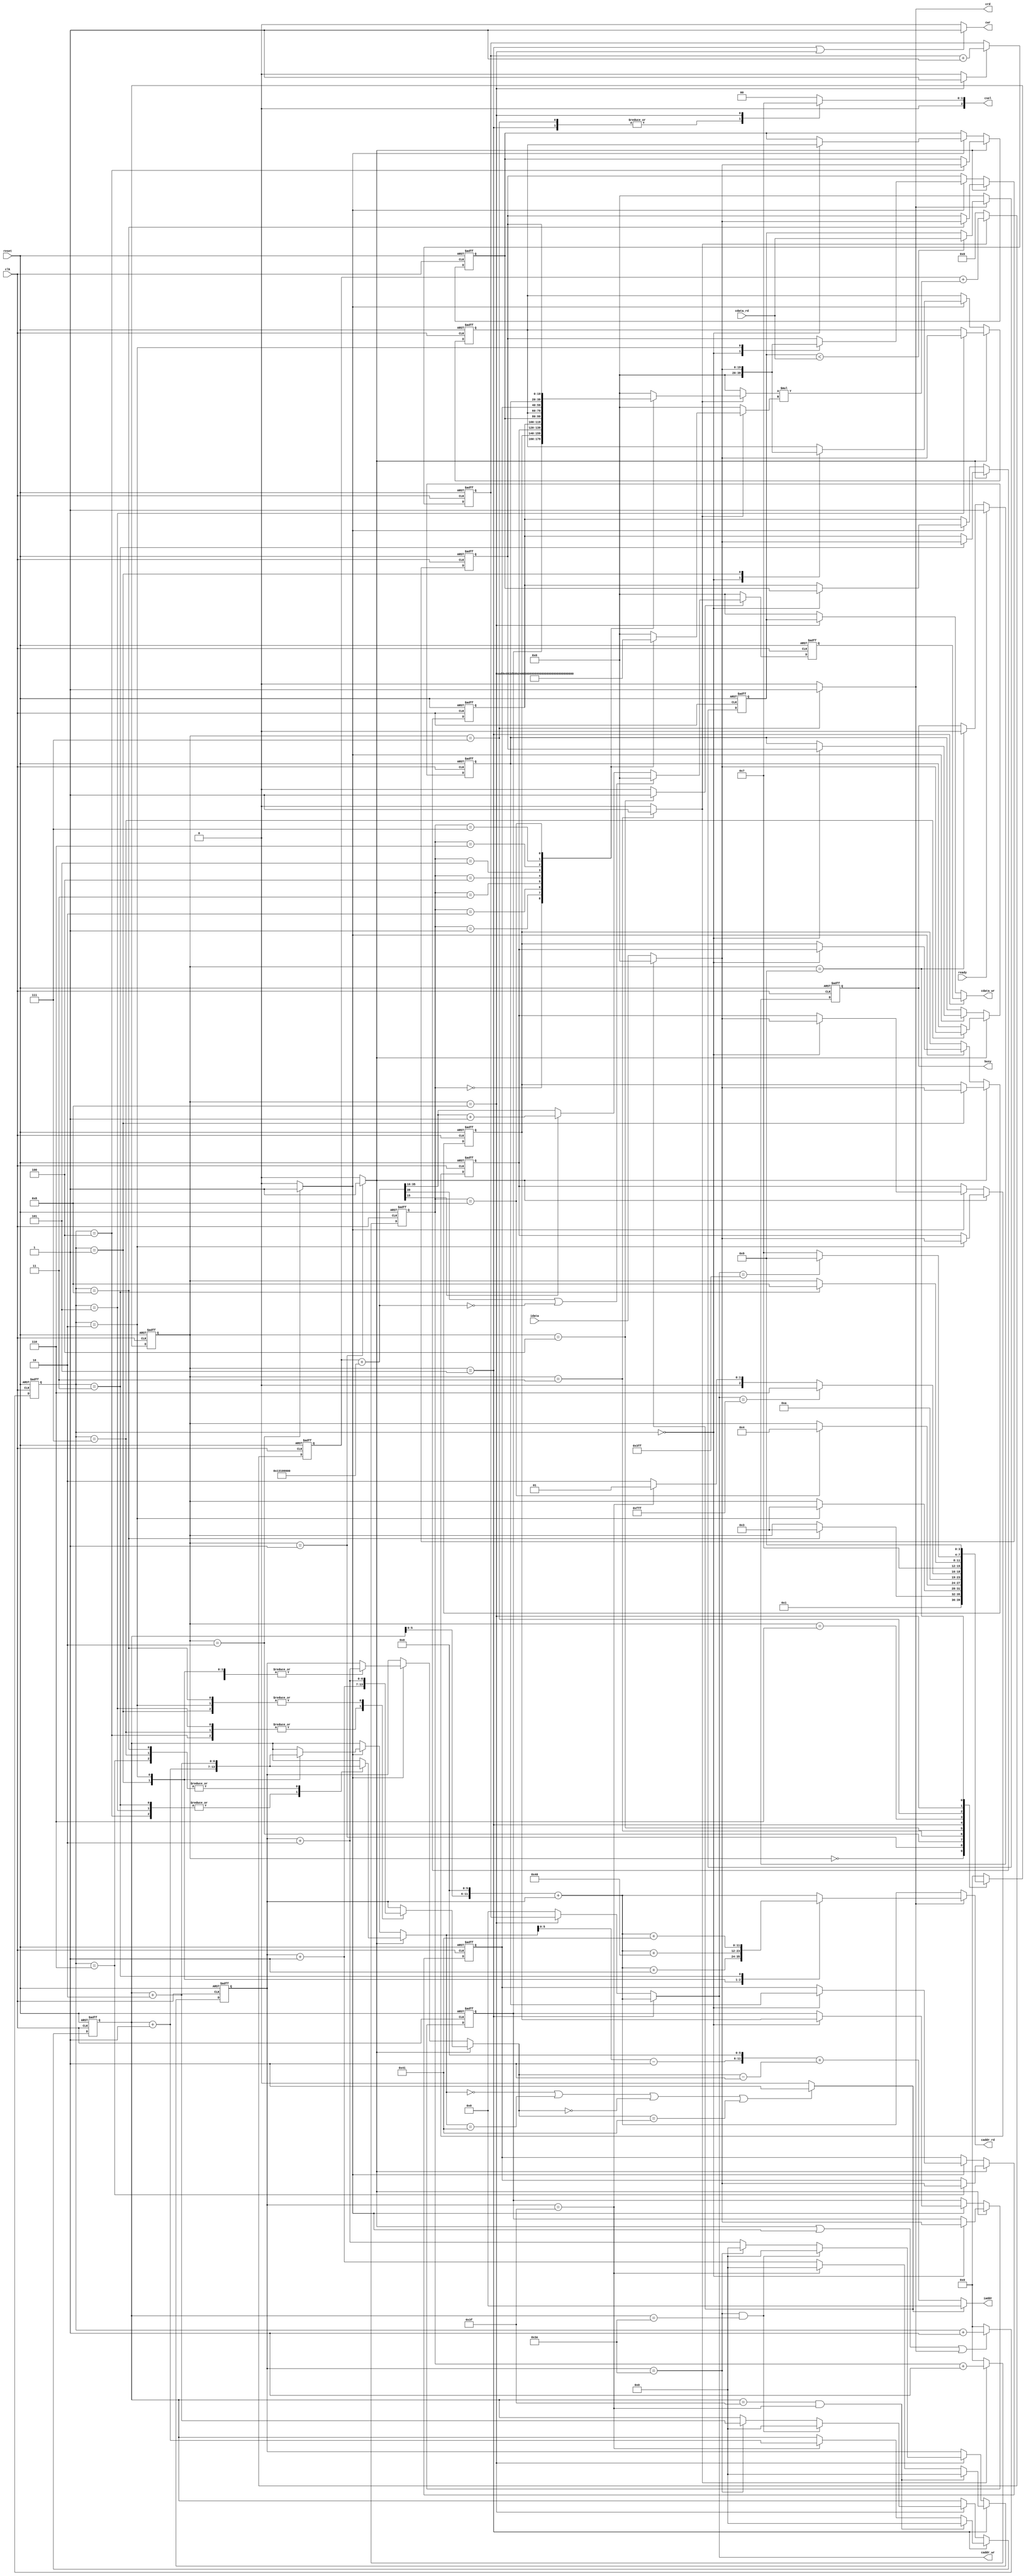
`timescale 1ns/10ps

module  CONV(
    input		clk,
    input		reset,
    output reg 	busy,
    input		ready,

    output [11:0]	iaddr,
    input [19:0]	idata,

    output	cwr,
    output reg [11:0]	caddr_wr,
    output reg [19:0]	cdata_wr,

    output	crd,
    output reg [11:0]	caddr_rd,
    input [19:0]	cdata_rd,

    output reg [2:0]	csel
  );

  //state
parameter IDLE=4'd0,
          READ_9=4'd1,
          READ_C=4'd2,
          CONV=4'd3,
          RELU=4'd4,
          LAYER0_WRITE=4'd5,
          LAYER0_DONE=4'd6,
          MAX_POOLING=4'd7,
          LAYER1_WRITE=4'd8,
          LAYER1_DONE=4'd9; 

reg [3:0] state,n_state;
reg [6:0] row,col;
reg [6:0] next_row,next_col;
reg [6:0] tmp_row,tmp_col;
reg [3:0] read_counter,next_read_counter;
reg [3:0] conv_count,next_conv_count;
reg [19:0] reg0,reg1,reg2,reg3,reg4,reg5,reg6,reg7,reg8;
wire read_en,conv_en;
wire read9,readc,relu;
wire max_en,layer1_wen;
wire zero_padding;
wire [19:0] tmp_data;
wire [6:0] img_row,img_col;
reg [19:0] weight,img_data;
reg signed [39:0] psum,next_psum,addBias_result;
wire signed [39:0] tmp_result;
reg [19:0] conv_data,next_conv_data;
reg [11:0] caddr_count,next_caddr_count;
reg [19:0] max,n_max;
wire [11:0] max_addr;

//control signal
assign read9=(state==READ_9)?1'b1:1'b0;
assign readc=(state==READ_C)?1'b1:1'b0;
assign relu=(state==RELU)?1'b1:1'b0;
assign max_en=(state==MAX_POOLING)?1'b1:1'b0;
assign layer1_wen=(state==LAYER1_WRITE)?1'b1:1'b0;

assign read_en=(read9|readc|max_en); //control read times
assign conv_en=(state==CONV)?1'b1:1'b0; //control conv times
assign zero_padding=(tmp_row==7'd0||tmp_row==7'd65||tmp_col==7'd0||tmp_col==7'd65)?1'b1:1'b0;
assign cwr=(state==LAYER0_WRITE||state==LAYER1_WRITE)?1'b1:1'b0;
assign crd=(state==MAX_POOLING)?1'b1:1'b0;

assign img_row=tmp_row-7'd1;
assign img_col=tmp_col-7'd1;
assign tmp_data=(zero_padding)?20'd0:idata;
assign iaddr=(zero_padding)?12'd0:(img_row<<6)+img_col;
assign tmp_result=$signed(img_data)*$signed(weight);
assign max_addr=(row<<6)+col;

//FSM
always@(posedge clk or posedge reset)begin
  if(reset)begin
    state<=IDLE;
  end
  else begin
    state<=n_state;
  end
end
always@(*)begin
  case(state)
      IDLE:begin
          n_state=READ_9;
      end
      READ_9:begin
        if(read_counter==4'd8)begin
          n_state=CONV;
        end
        else begin
          n_state=state;
        end
      end
      READ_C:begin
        if(read_counter==4'd2)begin
          n_state=CONV;
        end
        else begin
          n_state=state;
        end
      end
      CONV:begin
        if(conv_count==4'd8)begin
          n_state=RELU;
        end
        else begin
          n_state=state;
        end
      end
      RELU:begin
        n_state=LAYER0_WRITE;
      end
      LAYER0_WRITE:begin
        if(caddr_wr==12'd4095)begin
          n_state=LAYER0_DONE;
        end
        else if(col==7'd63)begin
          n_state=READ_9;
        end
        else begin
          n_state=READ_C;
        end
      end
      LAYER0_DONE:begin
        n_state=MAX_POOLING;
      end
      MAX_POOLING:begin
        if(read_counter==4'd3)begin
          n_state=LAYER1_WRITE;
        end
        else begin
          n_state=state;
        end
      end
      LAYER1_WRITE:begin
        if(caddr_wr==12'd1023)begin
          n_state=LAYER1_DONE;
        end
        else begin
          n_state=MAX_POOLING;
        end
      end
      LAYER1_DONE:begin
        n_state=LAYER1_DONE;
      end
      default:begin
        n_state=IDLE;
      end
  endcase
end

//read_counter
always@(posedge clk or posedge reset)begin
  if(reset)begin
    read_counter<=4'd0;
  end
  else if(read_en)begin
    read_counter<=next_read_counter;
  end
  else begin
    read_counter<=4'd0;
  end
end

always@(*)begin
  if(read_en)begin
    next_read_counter=read_counter+4'd1;
  end
  else begin
    next_read_counter=read_counter;
  end
end

// define row and column
always@(posedge clk or posedge reset)begin
  if(reset)begin
    row<=7'd0;
    col<=7'd0;
  end
  else begin
    row<=next_row;
    col<=next_col;
  end
end

always@(*)begin
  if(state==LAYER0_WRITE)begin
    if(row==7'd63 && col==7'd63)begin
      next_row=7'd0;
      next_col=7'd0;
    end
    else if(col==7'd63)begin
      next_row=row+7'd1;
      next_col=7'd0;
    end
    else begin
      next_row=row;
      next_col=col+7'd1;
    end
  end
  else if(state==LAYER1_WRITE)begin
    if(col==7'd62 && row==7'd62)begin
      next_row=7'd0;
      next_col=7'd0;
    end
    else if(col==7'd62)begin
      next_col=7'd0;
      next_row=row+7'd2;
    end
    else begin
      next_col=col+7'd2;
      next_row=row;
    end
  end
  else begin
    next_row=row;
    next_col=col;
  end
end

//store data
always@(posedge clk or posedge reset)begin
  if(reset)begin
    reg0<=20'd0;
    reg1<=20'd0;
    reg2<=20'd0;
    reg3<=20'd0;
    reg4<=20'd0;
    reg5<=20'd0;
    reg6<=20'd0;
    reg7<=20'd0;
    reg8<=20'd0;
  end
  else if(read9)begin
    case(read_counter)
        4'd0:reg0<=tmp_data;
        4'd1:reg1<=tmp_data;
        4'd2:reg2<=tmp_data;
        4'd3:reg3<=tmp_data;
        4'd4:reg4<=tmp_data;
        4'd5:reg5<=tmp_data;
        4'd6:reg6<=tmp_data;
        4'd7:reg7<=tmp_data;
        4'd8:reg8<=tmp_data;
        default:begin
        end
    endcase
  end
  else if(readc)begin
    case(read_counter)
        4'd0:begin
            reg0<=reg1;
            reg1<=reg2;
            reg2<=tmp_data;
            reg3<=reg4;
            reg4<=reg5;
            reg5<=20'd0;
            reg6<=reg7;
            reg7<=reg8;
            reg8<=20'd0;
        end
        4'd1:reg5<=tmp_data;
        4'd2:reg8<=tmp_data;
        default:begin
        end
    endcase
  end
  else begin
  end
end

// caculate address
always@(*)begin
  if(read9)begin
    case(read_counter)
      4'd0:begin
        tmp_row=row;
        tmp_col=col;
      end
      4'd1:begin
        tmp_row=row;
        tmp_col=col+7'd1;
      end
      4'd2:begin
        tmp_row=row;
        tmp_col=col+7'd2;
      end
      4'd3:begin
        tmp_row=row+7'd1;
        tmp_col=col;
      end
      4'd4:begin
        tmp_row=row+7'd1;
        tmp_col=col+7'd1;
      end
      4'd5:begin
        tmp_row=row+7'd1;
        tmp_col=col+7'd2;
      end
      4'd6:begin
        tmp_row=row+7'd2;
        tmp_col=col;
      end
      4'd7:begin
        tmp_row=row+7'd2;
        tmp_col=col+7'd1;
      end
      4'd8:begin
        tmp_row=row+7'd2;
        tmp_col=col+7'd2;
      end
      default:begin
        tmp_row=row;
        tmp_col=col;
      end
    endcase
  end
  else if(readc)begin
    case(read_counter)
        4'd0:begin
          tmp_row=row;
          tmp_col=col+7'd2;
        end
        4'd1:begin
          tmp_row=row+7'd1;
          tmp_col=col+7'd2;
        end
        4'd2:begin
          tmp_row=row+7'd2;
          tmp_col=col+7'd2;
        end
        default:begin
          tmp_row=row;
          tmp_col=col;
        end
    endcase
  end
  else begin
    tmp_row=row;
    tmp_col=col;
  end
end

//CONV layer
always@(posedge clk or posedge reset)begin
  if(reset)begin
    conv_count<=4'd0;
  end
  else if(conv_en)begin
    conv_count<=next_conv_count;
  end
  else begin
    conv_count<=4'd0;
  end
end
always@(*)begin
  if(conv_en)begin
    next_conv_count=conv_count+4'd1;
  end
  else begin
    next_conv_count=conv_count;
  end
end

always@(*)begin
  if(conv_en)begin
    case(conv_count)
        4'd0:begin
          img_data=reg0;
          weight=20'h0A89E;
        end
        4'd1:begin
          img_data=reg1;
          weight=20'h092D5;
        end
        4'd2:begin
          img_data=reg2;
          weight=20'h06D43;
        end
        4'd3:begin
          img_data=reg3;
          weight=20'h01004;
        end
        4'd4:begin
          img_data=reg4;
          weight=20'hF8F71;
        end
        4'd5:begin
          img_data=reg5;
          weight=20'hF6E54;
        end
        4'd6:begin
          img_data=reg6;
          weight=20'hFA6D7;
        end
        4'd7:begin
          img_data=reg7;
          weight=20'hFC834;
        end
        4'd8:begin
          img_data=reg8;
          weight=20'hFAC19;
        end
        default:begin
          img_data=20'd0;
          weight=20'd0;
        end
    endcase
  end
  else begin
    img_data=20'd0;
    weight=20'd0;
  end
end
always@(posedge clk or posedge reset)begin
  if(reset)begin
    psum<=40'd0;
  end
  else if(conv_en)begin
    psum<=next_psum;
  end
  else begin
    psum<=40'd0;
  end
end
always@(*)begin
  if(conv_en)begin
    next_psum=psum+tmp_result;
  end
  else begin
    next_psum=psum;
  end
end

//ReLU layer
always@(posedge clk or posedge reset)begin
  if(reset)begin
    conv_data<=20'd0;
  end
  else if(relu)begin
    conv_data<=next_conv_data;
  end
  else begin
    conv_data<=20'd0;
  end
end
always@(*)begin
  if(relu)begin
    addBias_result=psum+{4'd0,20'h01310,16'd0};
    if(addBias_result[39]==1'b1||addBias_result==40'd0)begin
      next_conv_data=20'd0;
    end
    else begin
      if(addBias_result[15]==1'b1)begin
        next_conv_data=addBias_result[35:16]+20'd1;
      end
      else begin
        next_conv_data=addBias_result[35:16];
      end
    end
  end
  else begin
    next_conv_data=conv_data;
  end
end

//max pooling layer
always@(posedge clk or posedge reset)begin
  if(reset)begin
    max<=20'd0;
  end
  else if(max_en)begin
    max<=n_max;
  end
  else begin
    max<=20'd0;
  end
end
always@(*)begin
  if(max_en)begin
    if(max<cdata_rd)begin
      n_max=cdata_rd;   
    end
    else begin
      n_max=max;
    end
    case(read_counter)
      4'd0:begin
        caddr_rd=max_addr;
      end
      4'd1:begin
        caddr_rd=max_addr+12'd1;
      end
      4'd2:begin
        caddr_rd=max_addr+12'd64;
      end
      4'd3:begin
        caddr_rd=max_addr+12'd65;
      end
      default:begin
        caddr_rd=max_addr;
      end
    endcase
  end
  else begin
    n_max=max;
    caddr_rd=max_addr;
  end
end

// write in memory
always@(posedge clk or posedge reset)begin
  if(reset)begin
    caddr_count<=12'd0;
  end
  else if(layer1_wen)begin
    caddr_count<=next_caddr_count;
  end
  else begin
  end
end
always@(*)begin
  if(layer1_wen)begin
    next_caddr_count=caddr_count+12'd1;
  end
  else begin
    next_caddr_count=caddr_count;
  end
end
always@(*)begin
  if(state==LAYER0_WRITE)begin
    caddr_wr=(row<<6)+col;
    cdata_wr=conv_data;
  end
  else if(state==LAYER1_WRITE)begin
    caddr_wr=caddr_count;
    cdata_wr=max;
  end
  else begin
    caddr_wr=12'd0;
    cdata_wr=20'd0;
  end
end

//memory choose
always@(*)begin
  case(state)
    LAYER0_WRITE:csel=3'b001;
    MAX_POOLING:csel=3'b001;
    LAYER1_WRITE:csel=3'b011;
    default:csel=3'b000;
  endcase
end

// busy signal
always@(posedge clk or posedge reset)begin
  if(reset)begin
    busy<=1'b0;
  end
  else if(ready)begin
    busy<=1'b1;
  end
  else if(state==LAYER1_DONE)begin
    busy<=1'b0;
  end
  else begin
  end
end


endmodule